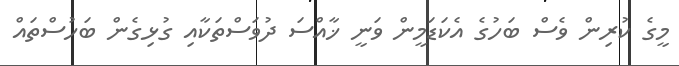
މީގެ ކުރިން ވެސް ބަހުގެ އެކަޑަމީން ވަނީ ޚާއްސަ ދުވަސްތަކާއި ގުޅިގެން ބަހުސްތައް